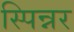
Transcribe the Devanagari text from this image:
स्पिन्नर